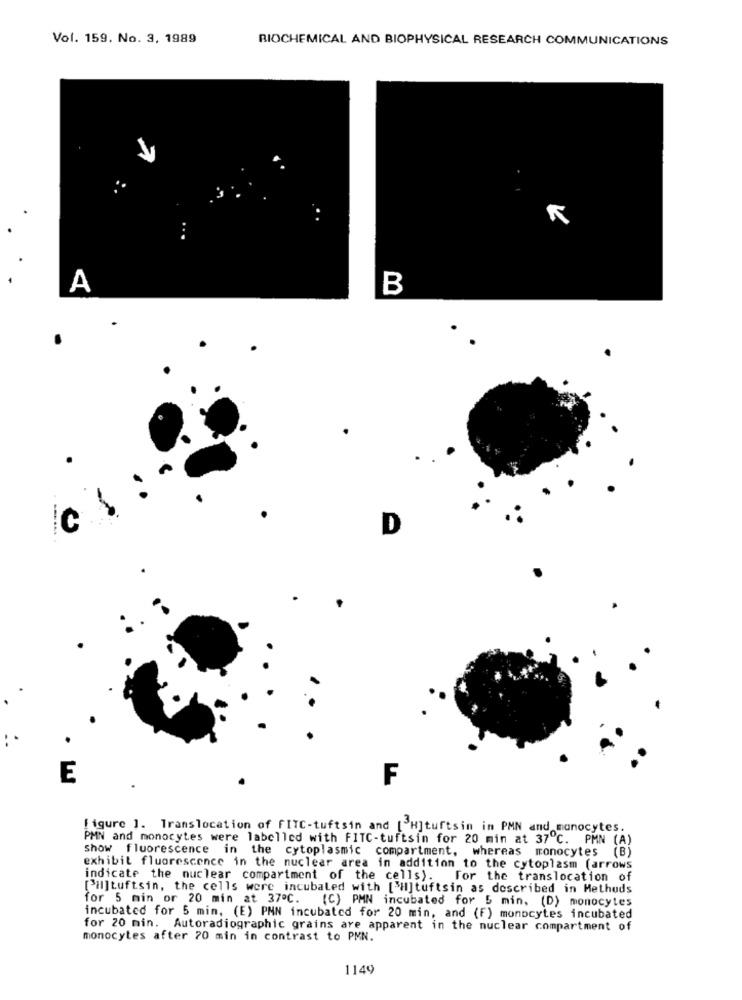
Vol. 159. No. 3, 1989
BIOCHEMICAL AND BIOPHYSICAL RESEARCH COMMUNICATIONS
. .
A
B
D
E
F
figure ]. Translocation of FITC-tuftsin and [ H]tuftsin in PMN and monocytes.
PMN and monocytes were labelled with FITC-tuftsin for 20 min at 37℃. PMN (A)
show fluorescence in the cytoplasmic compartment, whereas monocytes (B)
exhibit fluorescence in the nuclear area in addition to the cytoplasm (arrows
indicate the nuclear compartment of the cells). For the translocation of
[il]tuftsin, the cells were incubaled with [3H]tuftsin as described in Hethuds
for 5 min or 20 min at 37ºC. (C) PMN incubated for 5 min, (D) monocytes
incubated for 5 min, (E) PNN incubated for 20 min, and (F) monocytes incubated
for 20 min. Autoradiographic grains are apparent in the nuclear compartment of
monocytes after 70 min in contrast to PMN.
1149